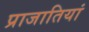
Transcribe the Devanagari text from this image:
प्राजातियां